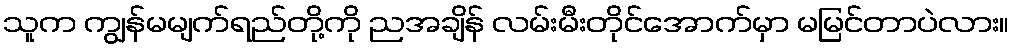
သူက ကျွန်မမျက်ရည်တို့ကို ညအချိန် လမ်းမီးတိုင်အောက်မှာ မမြင်တာပဲလား။